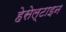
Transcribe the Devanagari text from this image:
हेसेल्टाइन